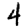
Digit: 4